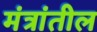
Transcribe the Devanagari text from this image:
मंत्रांतील